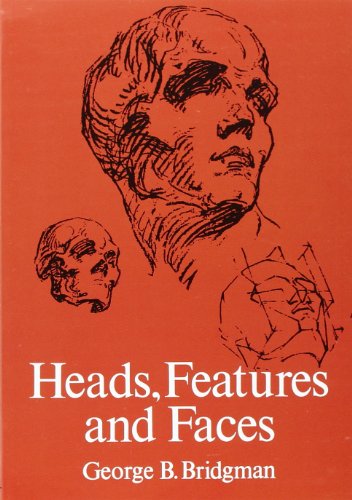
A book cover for Heads, Features and Faces (Dover Anatomy for Artists); George B. Bridgman; Arts & Photography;